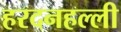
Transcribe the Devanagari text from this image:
हरदनहल्ली